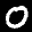
Label: 0